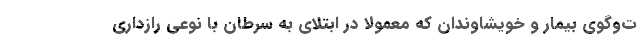
ت‌وگوي بيمار و خويشاوندان كه معمولا در ابتلاي به سرطان با نوعي رازداري